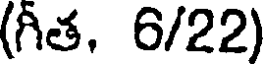
(గీత, 6/22)